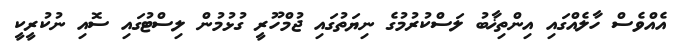
އެއްވެސް ހާލެއްގައި އިންތިޚާބު ލަސްކުރުމުގެ ނިޔަތުގައި ޖުމްހޫރީ ގުޅުމުން ލިސްޓުގައި ސޮއި ނުކުރީކީ